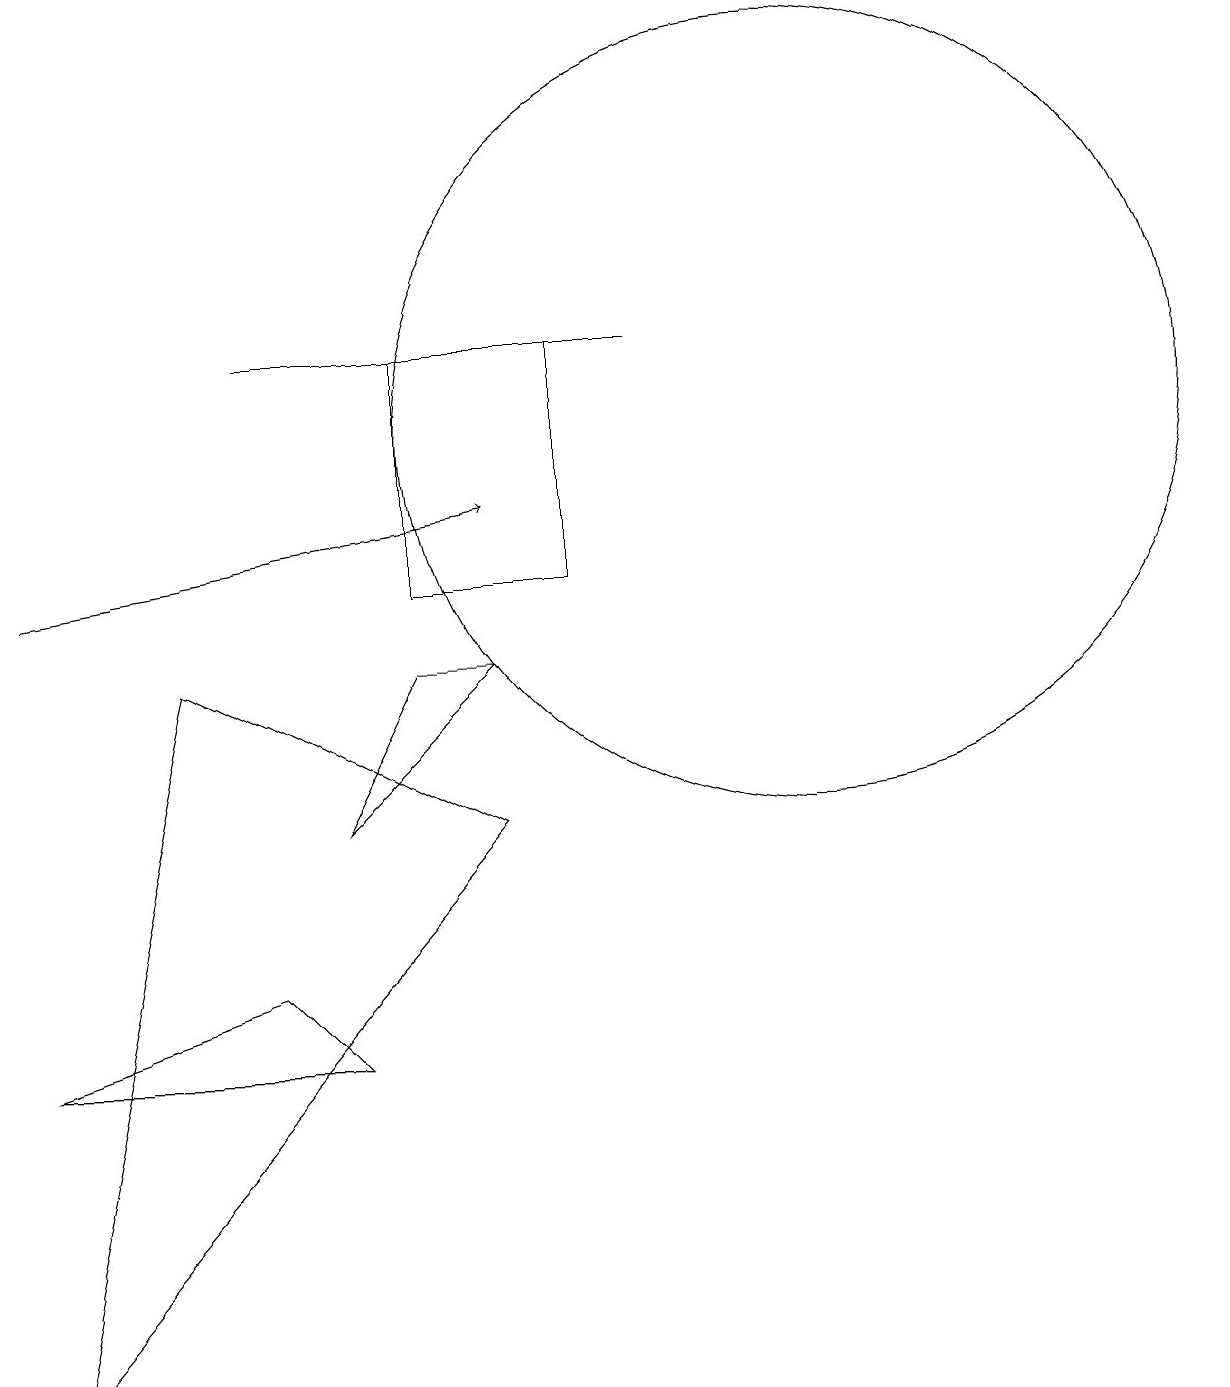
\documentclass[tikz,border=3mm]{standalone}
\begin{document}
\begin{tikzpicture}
\draw (10,12) circle (5);
\draw (6,9) -- (5,9) -- (4,7) -- cycle;
\draw (7,13) rectangle (5,10);
\draw[->] (0,10) -- (6,11);
\draw (8,13) rectangle (3,13);
\draw (6,7) -- (0,0) -- (2,9) -- cycle;
\draw (4,4) -- (0,4) -- (3,5) -- cycle;
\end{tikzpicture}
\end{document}